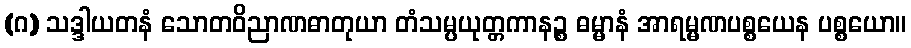
(ဂ) သဒ္ဒါယတနံ သောတဝိညာဏဓာတုယာ တံသမ္ပယုတ္တကာနဉ္စ ဓမ္မာနံ အာရမ္မဏပစ္စယေန ပစ္စယော။